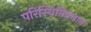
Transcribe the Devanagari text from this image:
परिस्थितिप्रधान